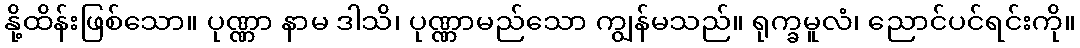
နို့ထိန်းဖြစ်သော။ ပုဏ္ဏာ နာမ ဒါသိ၊ ပုဏ္ဏာမည်သော ကျွန်မသည်။ ရုက္ခမူလံ၊ ညောင်ပင်ရင်းကို။